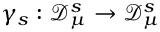
\gamma _ { s } : \mathscr { D } _ { \mu } ^ { s } \to \mathscr { D } _ { \mu } ^ { s }